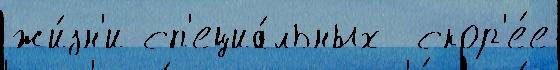
жи́зн'и сп'ециа́льных  скор'е́е